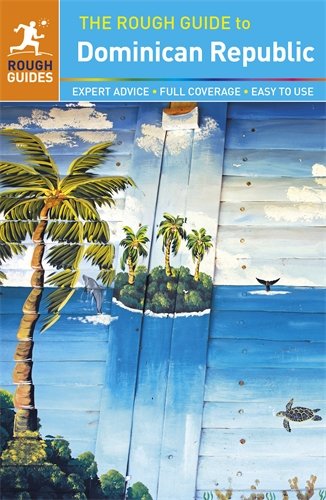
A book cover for The Rough Guide to the Dominican Republic; Rough Guides; Travel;